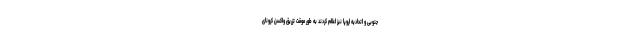
جنوبی و اتحادیه اروپا نیز اعلام کردند به طور موقت تزریق واکسن کرونای